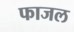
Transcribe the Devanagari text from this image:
फाजल